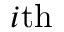
i \mathrm { t h }